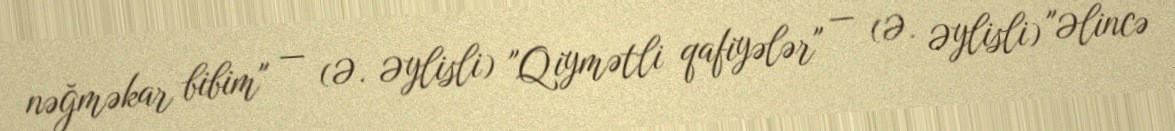
nəğməkar bibim" — (Ə. Əylisli) "Qiymətli qafiyələr" — (Ə. Əylisli) "Əlincə